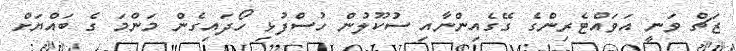
ޒަޗް ވަނީ އަވައްޓެރިންގެ ގޭގެއިންނާއި ސުކޫލުން ހުސްފުޅި ހޯދައިގެން މަންމަ ގެ ބައްޔަށް